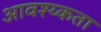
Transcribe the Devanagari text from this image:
आवश्य्कता